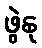
ဖွဲနု